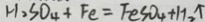
H _ { 2 } S O _ { 4 } + F e = F e S O _ { 4 } + H _ { 2 } \uparrow